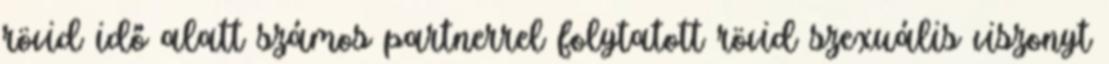
rövid idő alatt számos partnerrel folytatott rövid szexuális viszonyt